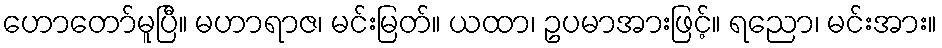
ဟောတော်မူပြီ။ မဟာရာဇ၊ မင်းမြတ်။ ယထာ၊ ဥပမာအားဖြင့်။ ရညော၊ မင်းအား။